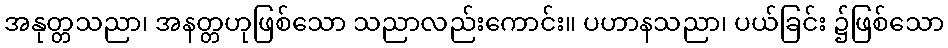
အနုတ္တသညာ၊ အနတ္တဟုဖြစ်သော သညာလည်းကောင်း။ ပဟာနသညာ၊ ပယ်ခြင်း ၌ဖြစ်သော